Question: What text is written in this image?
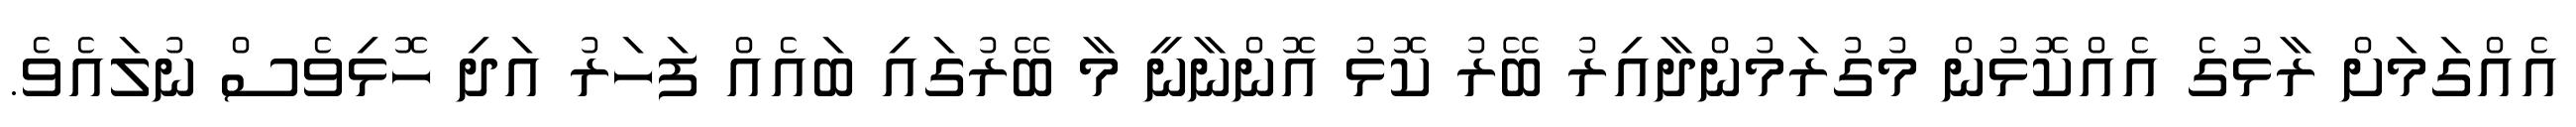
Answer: އެއްގަމަށް ރާޅުގެ އެއްކޮޅުން މުގުރަމުންދާއިރު ބޭރު ކޮޅު އޮންނާނީ މާ ބޭރުގައި ބައެއް ފަހަރު އަދި ހޮޅިވެސް ނުލައެވެ.